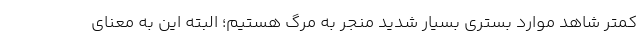
کمتر شاهد موارد بستری بسیار شدید منجر به مرگ هستیم؛ البته این به معنای